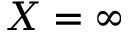
X = \infty